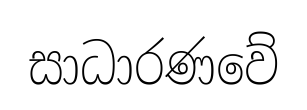
සාධාරණවේ